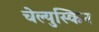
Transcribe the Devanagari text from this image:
चेल्युस्किन